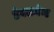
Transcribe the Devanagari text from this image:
डेवलमेन्ट